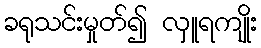
ခရုသင်းမှုတ်၍ လှူရကျိုး